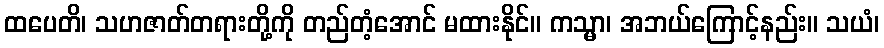
ထပေတိ၊ သဟဇာတ်တရားတို့ကို တည်တံ့အောင် မထားနိုင်။ ကသ္မာ၊ အဘယ်ကြောင့်နည်း။ သယံ၊